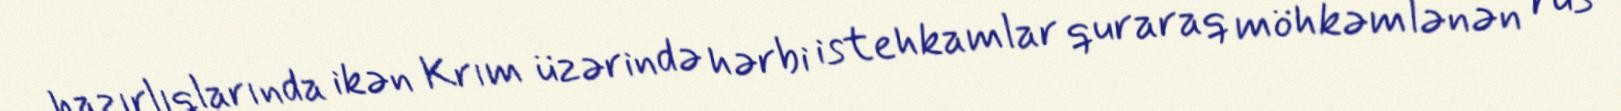
hazırlıqlarında ikən Krım üzərində hərbi istehkamlar quraraq möhkəmlənən rus